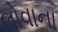
લોવાના